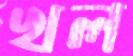
খল